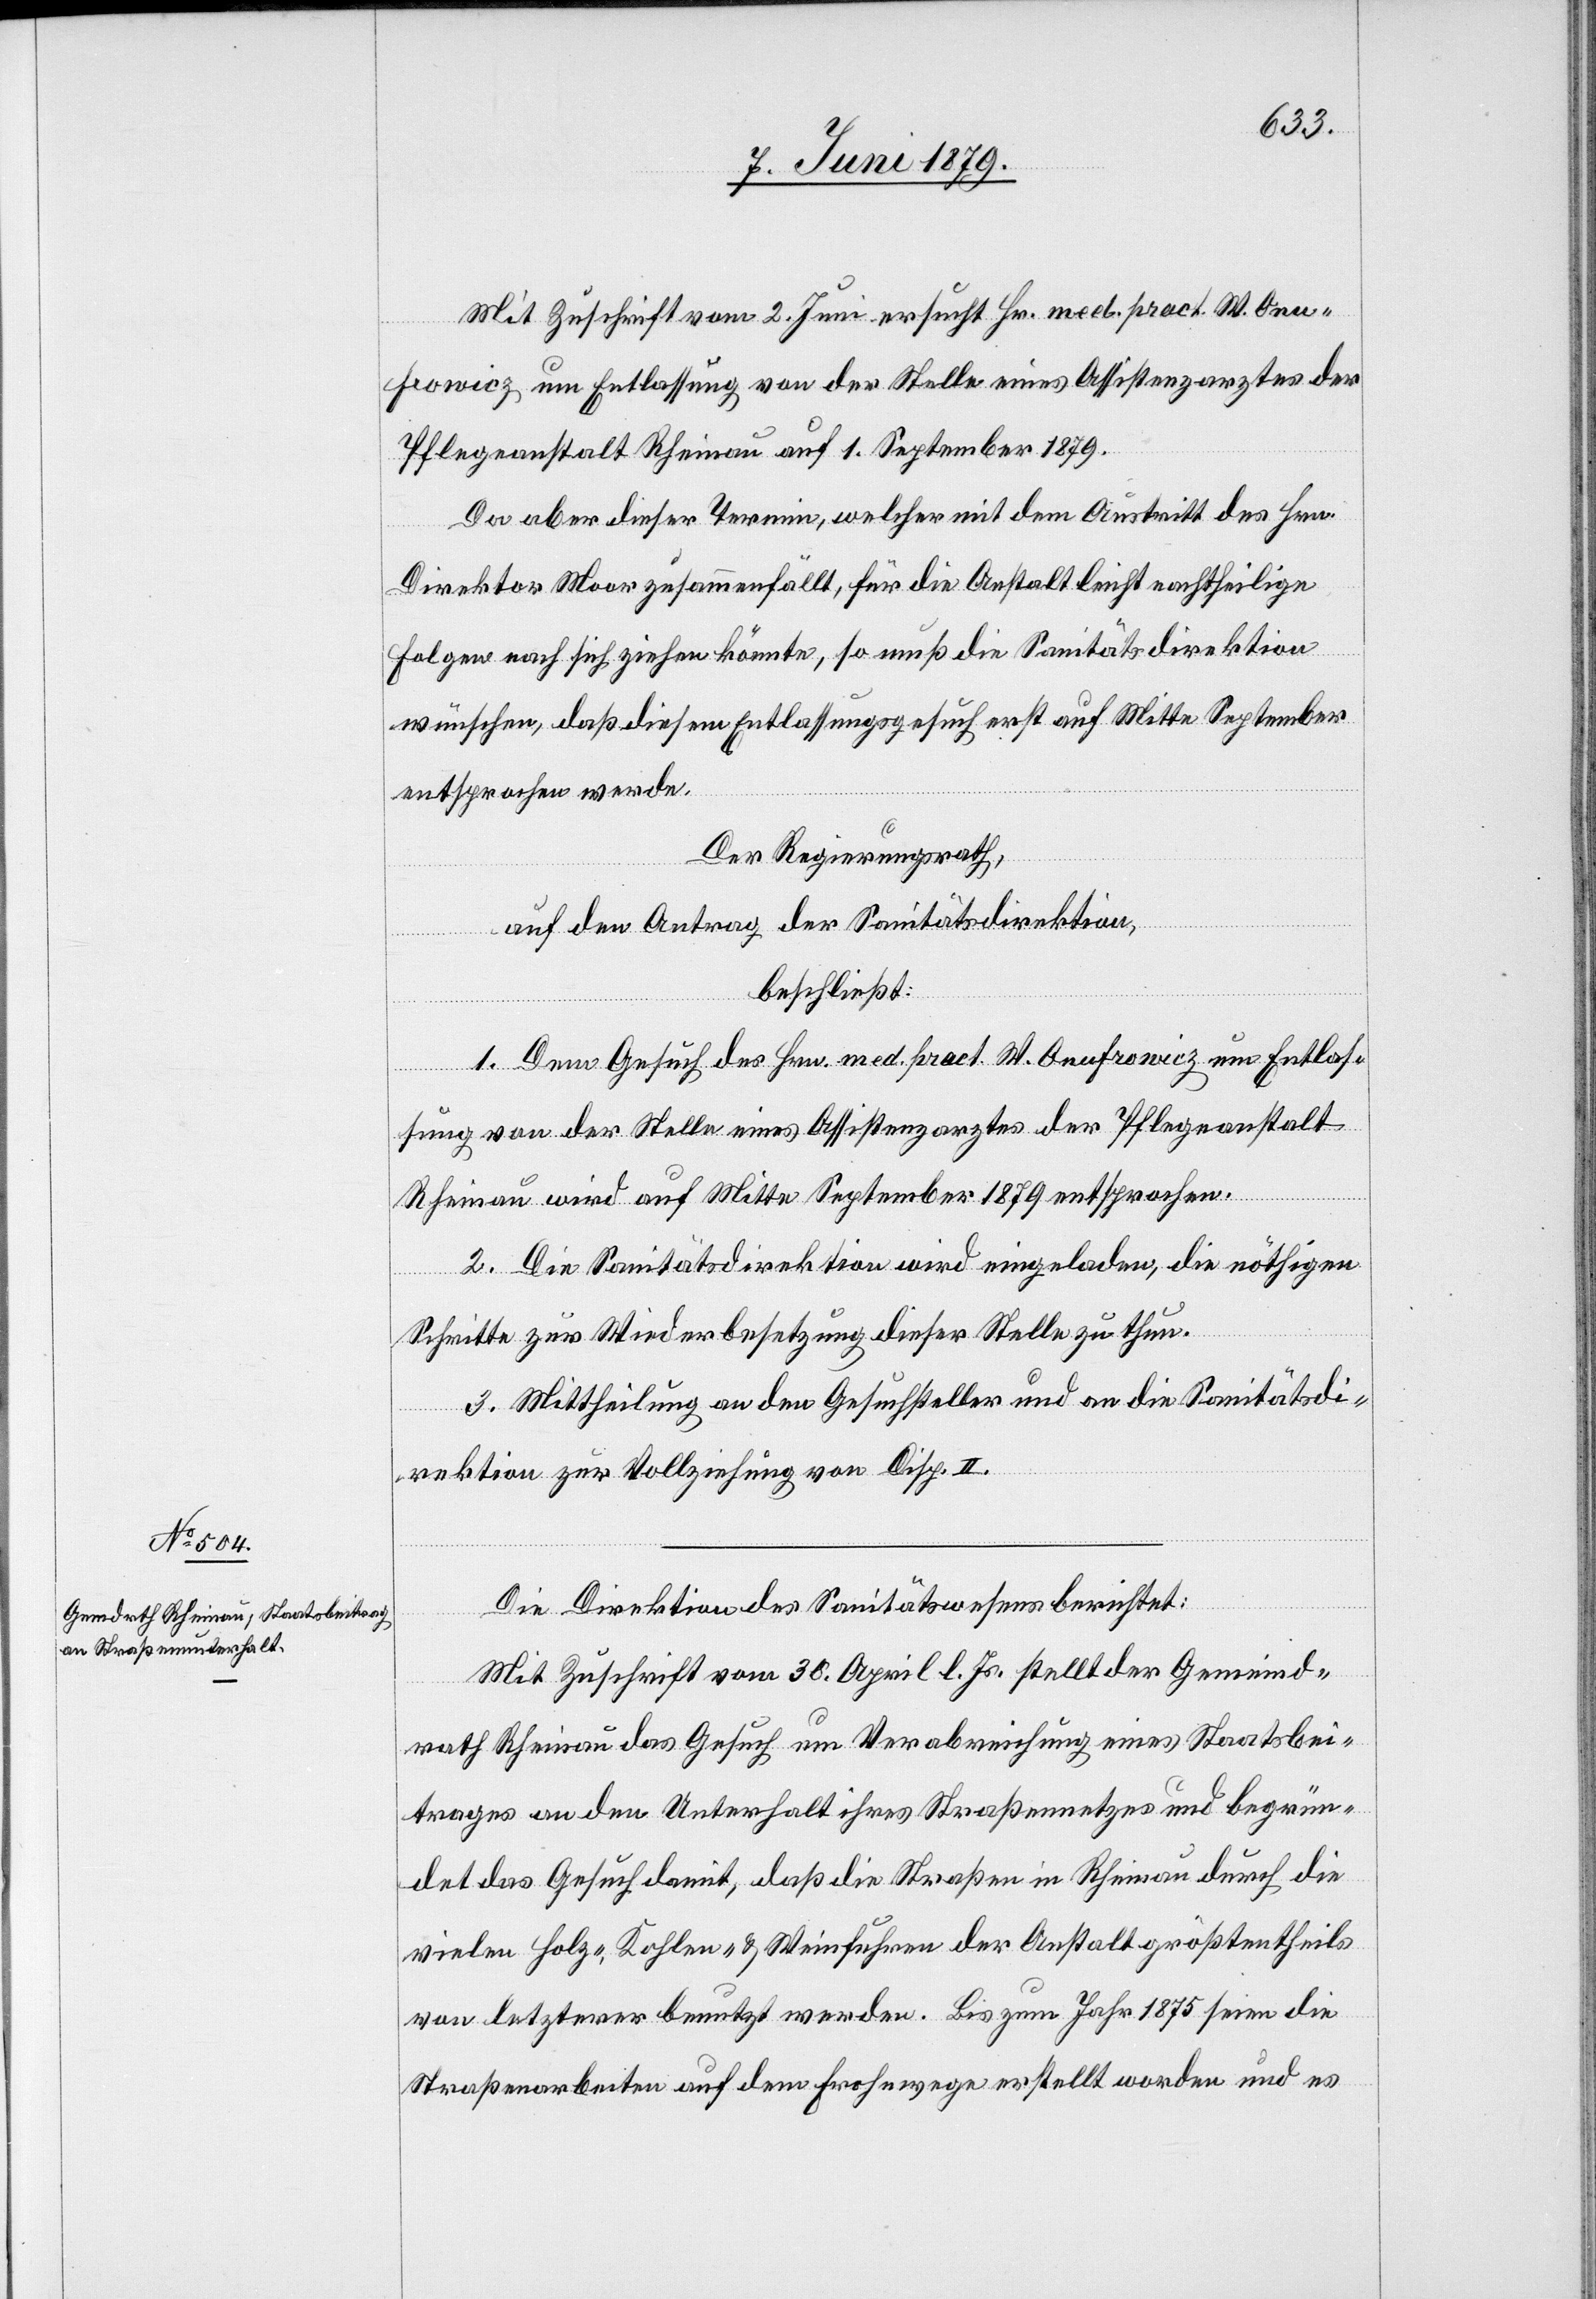
Mit Zuschrift vom 2. Juni ersucht Hr. med. pract. W. Onu¬
frowicz um Entlassung von der Stelle eines Assistenzarztes der
Pflegeanstalt Rheinau auf 1. September 1879.
Da aber dieser Termin, welcher mit dem Austritt des Hrn.
Direktor Moor zusammenfällt, für die Anstalt leicht nachtheilige
Folgen nach sich ziehen könnte, so muß die Sanitätsdirektion
wünschen, daß diesem Entlassungsgesuch erst auf Mitte September
entsprochen werde.
Der Regierungsrath,
auf den Antrag der Sanitätsdirektion,
beschließt:
1. Dem Gesuch des Hrn. med. pract. W. Onufrowicz um Entlas¬
sung von der Stelle eines Assistenzarztes der Pflegeanstalt
Rheinau wird auf Mitte September 1879 entsprochen.
2. Die Sanitätsdirektion wird eingeladen, die nöthigen
Schritte zur Wiederbesetzung dieser Stelle zu thun.
3. Mittheilung an den Gesuchsteller und an die Sanitätsdi¬
rektion zur Vollziehung von Disp. II.
Die Direktion des Sanitätswesens berichtet:
Mit Zuschrift vom 30. April l. Js. stellt der Gemeind¬
rath Rheinau das Gesuch um Verabreichung eines Staatsbei¬
trages an den Unterhalt ihres Straßennetzes und begrün¬
det das Gesuch damit, daß die Straßen in Rheinau durch die
vielen Holz-, Kohlen- & Weinfuhren der Anstalt größtentheils
von letzterer benutzt werden. Bis zum Jahr 1875 seien die
Straßenarbeiten auf dem Frohnwege erstellt worden und es